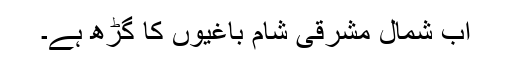
اب شمال مشرقی شام باغیوں کا گڑھ ہے۔